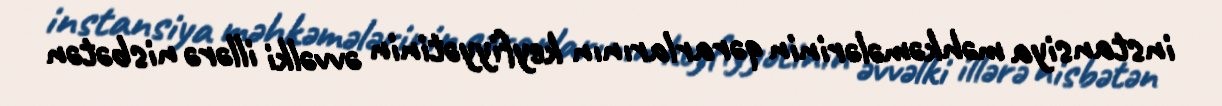
instansiya məhkəmələrinin qərarlarının keyfiyyətinin əvvəlki illərə nisbətən